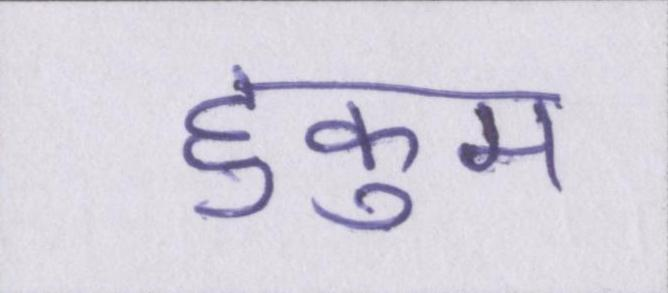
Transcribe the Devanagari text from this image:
हुकुम